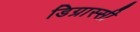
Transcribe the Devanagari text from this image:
डिग्रास्सी